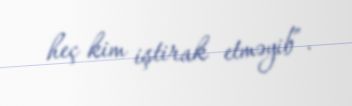
heç kim iştirak etməyib”.